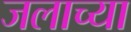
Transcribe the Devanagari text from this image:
जलाच्या